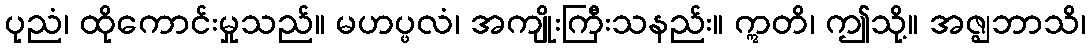
ပုညံ၊ ထိုကောင်းမှုသည်။ မဟပ္ဖလံ၊ အကျိုးကြီးသနည်း။ ဣတိ၊ ဤသို့။ အဇ္ဈဘာသိ၊